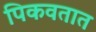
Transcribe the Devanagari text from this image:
पिकवतात